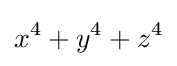
x^{4}+y^{4}+z^{4}